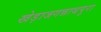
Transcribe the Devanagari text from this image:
खेड़ाजगन्नाथपुरा